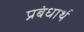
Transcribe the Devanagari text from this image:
प्रबंधार्थ